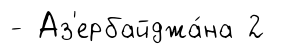
- Аз'ербайджа́на 2